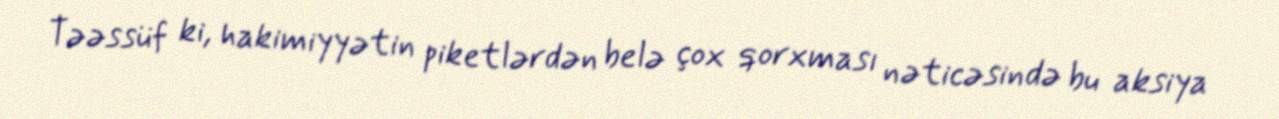
Təəssüf ki, hakimiyyətin piketlərdən belə çox qorxması nəticəsində bu aksiya